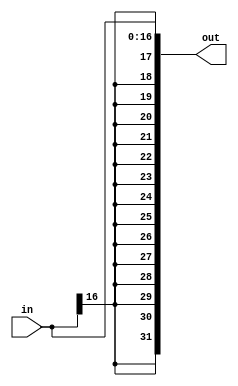
module sign_extend(in, out);

	/* Sign extends a 16 bit number to make it 32 bits */
	
	input[16:0] in;
	output[31:0] out;
	
	assign out[16:0] = in;
	
	genvar i;
	
	generate
		for (i = 17; i < 32; i = i + 1) begin: loop0
			assign out[i] = in[16];
		end
	endgenerate

endmodule